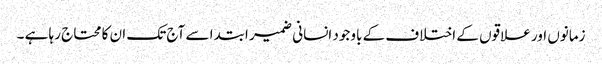
زمانوں اور علاقوں کے اختلاف کے باوجود انسانی ضمیر ابتدا سے آج تک ان کا محتاج رہا ہے ۔